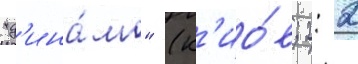
"д'ина́мо" (к'ио́в; 2: 2